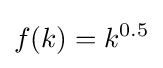
f(k)=k^{0.5}